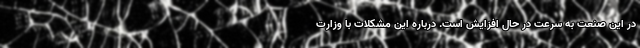
در این صنعت به سرعت در حال افزایش است. درباره این مشکلات با وزارت